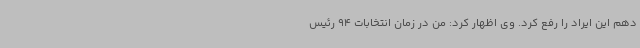
دهم این ایراد را رفع کرد. وی اظهار کرد: من در زمان انتخابات 94 رئیس